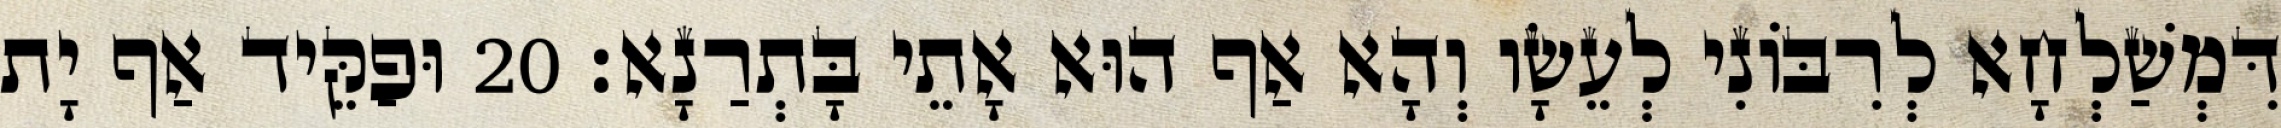
דִּמְשַׁלְחָא לְרִבּוֹנִי לְעֵשָׂו וְהָא אַף הוּא אָתֵי בָּתְרַנָא׃ 20 וּפַקֵּיד אַף יָת